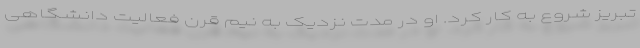
تبریز شروع به کار کرد. او در مدت نزدیک به نیم قرن فعالیت دانشگاهی